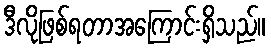
ဒီလိုဖြစ်ရတာအကြောင်းရှိသည်။